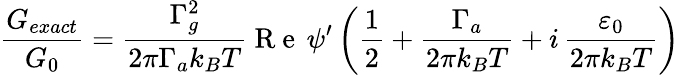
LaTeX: \frac{G_{exact}}{G_{0}}=\frac{\Gamma_{g}^{2}}{2\pi\Gamma_{a}k_{B}T}\mathrm{~R~e~}\, \psi^{\prime}\left(\frac{1}{2}+\frac{\Gamma_{a}}{2\pi k_{B}T}+i\, \frac{\varepsilon_{0}}{2\pi k_{B}T}\right)